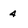
Character: 4